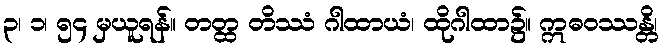
၃၊ ၁၊ ၅၄ မှယူရန်။ တတ္ထ တိဿံ ဂါထာယံ၊ ထိုဂါထာ၌။ ဣဓဝဿန္တိ၊